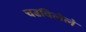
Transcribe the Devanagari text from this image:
चढविलेले